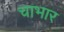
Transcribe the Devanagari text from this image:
चाभार